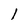
Character: l